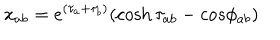
x _ { a b } = e ^ { ( \tau _ { a } + \tau _ { b } ) } ( \cosh \tau _ { a b } - c o s \phi _ { a b } )